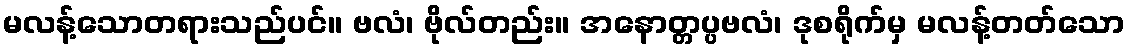
မလန့်သောတရားသည်ပင်။ ဗလံ၊ ဗိုလ်တည်း။ အနောတ္တပ္ပဗလံ၊ ဒုစရိုက်မှ မလန့်တတ်သော